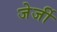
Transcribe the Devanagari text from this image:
जेर्जी